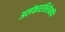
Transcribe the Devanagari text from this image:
अलंकारशिरोमणि